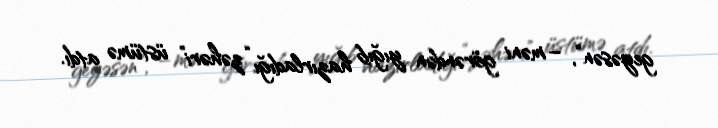
geyəsən”, – məni görəndən yığıb hazırladığı “zəhəri” üstümə atdı.